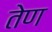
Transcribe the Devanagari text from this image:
तेण